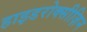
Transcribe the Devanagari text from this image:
हाइडरोक्सीज़िन